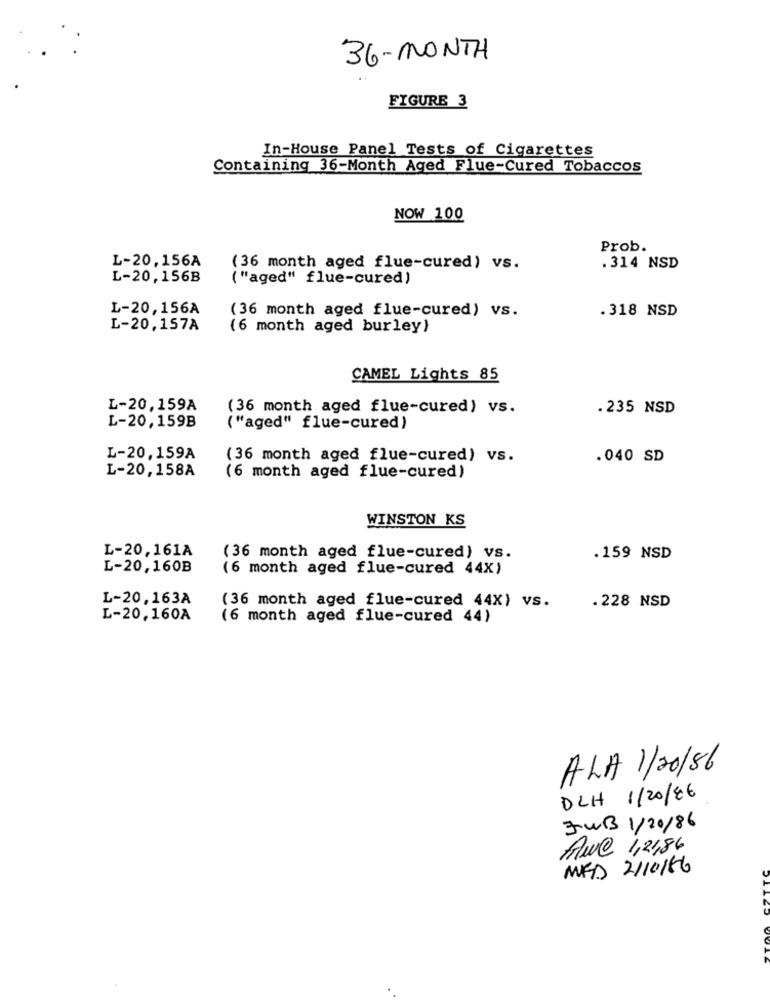
36-MONTH
FIGURE 3
In-House Panel Tests of Cigarettes
Containing 36-Month Aged Flue-Cured Tobaccos
NOW 100
Prob.
L-20,156A
(36 month aged flue-cured) vs.
. 314 NSD
L-20,156B
( "aged" flue-cured)
L-20,156A
(36 month aged flue-cured) vs.
. 318 NSD
L-20,157A
(6 month aged burley)
CAMEL Lights 85
L-20,159A
(36 month aged flue-cured) vs.
. 235 NSD
L-20,159B
( "aged" flue-cured)
L-20,159A
(36 month aged flue-cured) vs.
.040 SD
L-20,158A
(6 month aged flue-cured)
WINSTON KS
L-20,161A
(36 month aged flue-cured) vs.
.159 NSD
L-20,160B
(6 month aged flue-cured 44X)
L-20,163A
(36 month aged flue-cured 44X) vs.
. 228 NSD
L-20,160A
(6 month aged flue-cured 44)
A LA 1/20/86
DLH 1/20/86
FWB 1/20/86
Awe 1,2486
MED 2/10/66